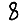
Digit: 8